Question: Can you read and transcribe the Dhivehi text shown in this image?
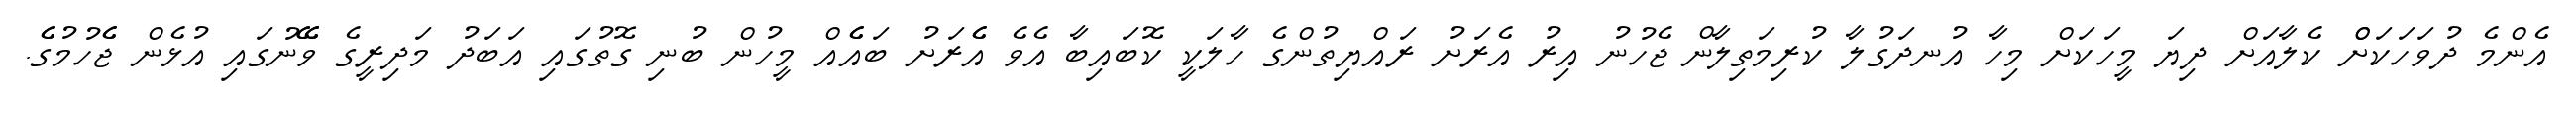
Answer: އެންމެ ދުވަހަކަށްް ކެލާއަށް ދިޔަ މީހަކަށް މިހާ އުނދަގުލާ ކުރިމަތިލާން ޖެހުނު އިރު އެރަށު ރައްޔިތުންގެ ހާލަކީ ކޮބައިބާ އެވެ އެެރަށު ބައެެއް މީހުން ބުނި ގޮތުގައި އަބަދު މަދިރީގެ ވޭޭނުގައި އުޅެން ޖެެހުމުގެެ.